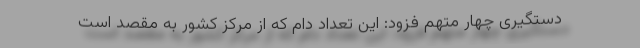
دستگیری چهار متهم فزود: این تعداد دام که از مرکز کشور به مقصد است